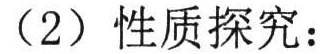
（2）性质探究：